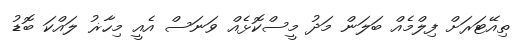
ތިއޭޓަރަށް ފިލްމެއް ބަލަން މަދު މީސްކޮޅެއް ވަނަސް އެއީ މިހާޜު ލައްކަ ބޮޑު